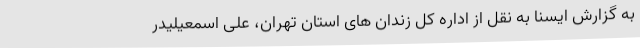
به گزارش ایسنا به نقل از اداره کل زندان های استان تهران، علی اسمعیلیدر